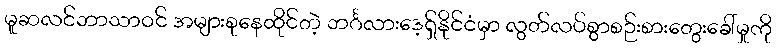
မူဆလင်ဘာသာဝင် အများစုနေထိုင်တဲ့ ဘင်္ဂလားဒေ့ရှ်နိုင်ငံမှာ လွတ်လပ်စွာစဉ်းစားတွေးခေါ်မှုကို